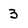
Character: 3